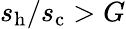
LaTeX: s_{\mathrm{h}}/s_{\mathrm{c}}>G